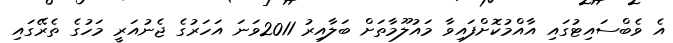
އެ ވެބްސައިޓުގައި އާއްމުކޮށްފައިވާ މައުލޫމާތަށް ބަލާއިރު 2011ވަނަ އަހަރުގެ ޖެނުއަރީ މަހުގެ ތެރޭގައި